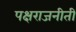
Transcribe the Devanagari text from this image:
पक्षराजनीती